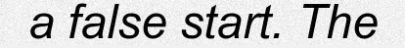
a false start. The